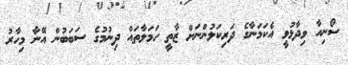
ސޯނިއާ ވިދާޅުވީ އެކަމަނާގެ ދަރިކަލުންނަށް ޒާތީ ހަމަލާތައް ދިނުމުގެ ސަބަބުން އޭނާ މިހާރު